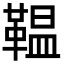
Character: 鞰